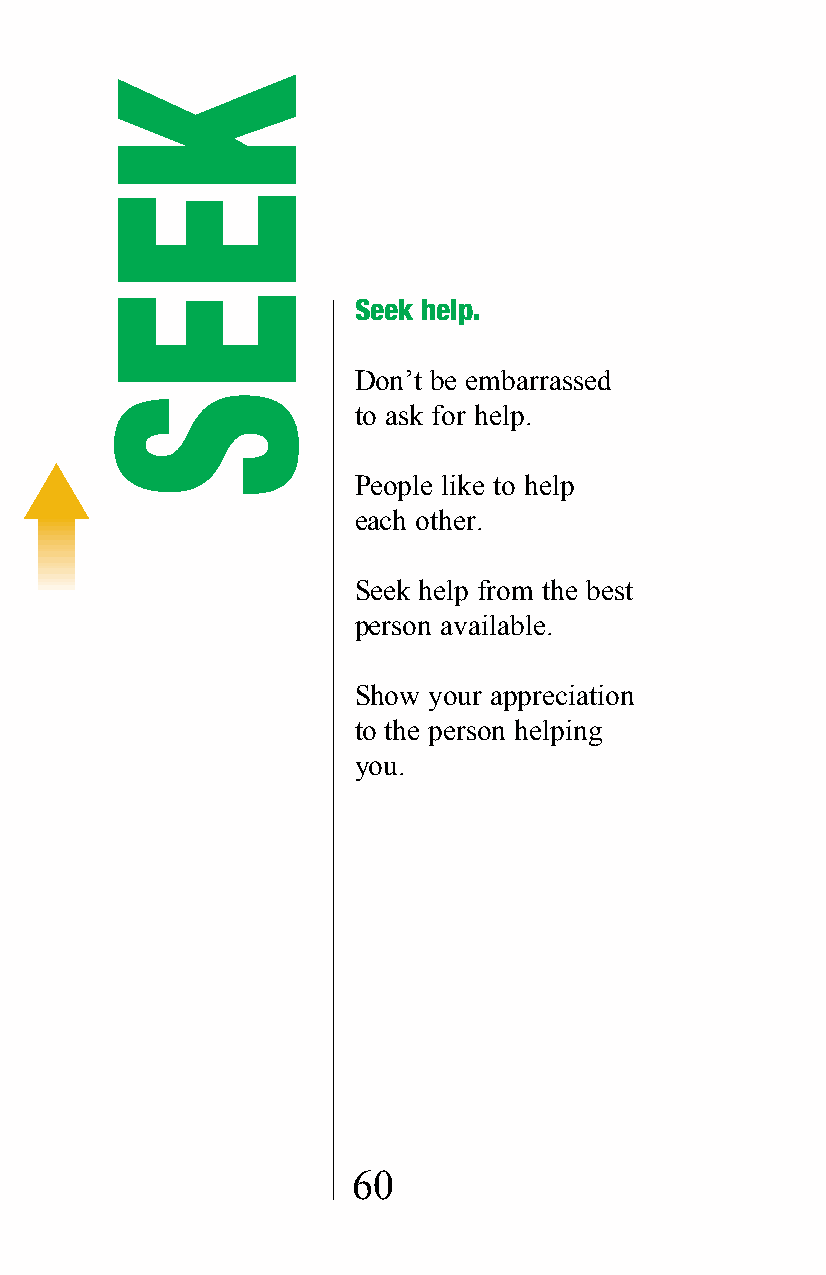
Seek help.
 Don’t be embarrassed
 to ask for help.
 People like to help
 each other.
 Seek help from the best
 person available.
 Show your appreciation
 to the person helping
 you.
 60
 KEES